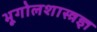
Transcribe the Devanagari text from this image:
भूगोलशास्त्रज्ञ